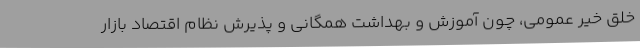
خلق خیر عمومی، چون آموزش و بهداشت همگانی و پذیرش نظام اقتصاد بازار